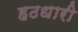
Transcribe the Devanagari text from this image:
हठधारी